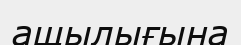
ащылығына